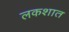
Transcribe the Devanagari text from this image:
लकशात